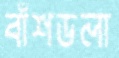
বাঁশডলা